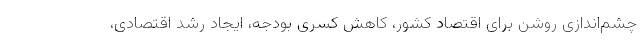
چشم‌اندازی روشن برای اقتصاد کشور، کاهش کسری بودجه، ایجاد رشد اقتصادی،